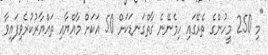
"މި 250 މީހުންގެ ތެރޭގައި ހިމެނޭނެ ގާތްގަނޑަކަށް 50 އަކަށް މާއްޔާއި ތައްޔާރުކުރެވިފައިވާ